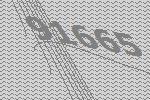
91665